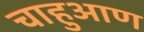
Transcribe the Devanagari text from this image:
चाहुआण